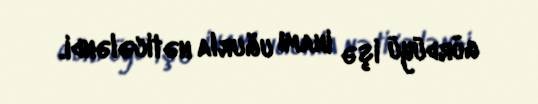
gördüyü işə inamı uğurla nəticələndi.